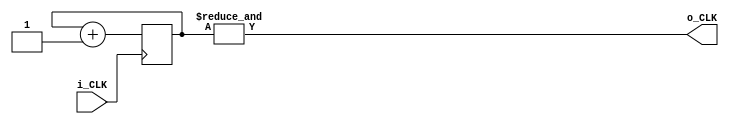
//
// Divides i_CLK by p_DIVISION.
//
module ClockDivider(
	input	i_CLK,
	output  o_CLK
);

	parameter p_DIVISION = 1;
	
	reg [$clog2(p_DIVISION) - 1:0] r_COUNTER = 0;
	
	always @(posedge i_CLK)
		r_COUNTER <= r_COUNTER + 1'b1;
		
	assign o_CLK = &r_COUNTER;
endmodule